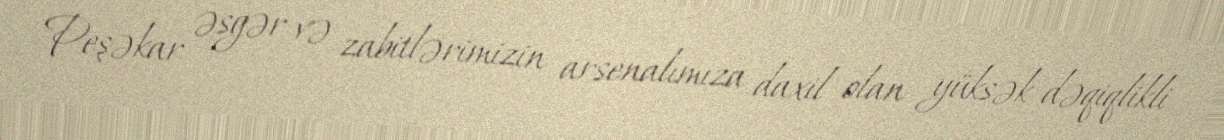
Peşəkar əsgər və zabitlərimizin arsenalımıza daxil olan yüksək dəqiqlikli